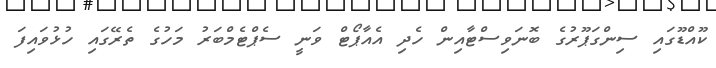
ކޫއްޑޫގައި ސިންގަޕޫރުގެ ބޮނަވިސްޓާއިން ހެދި އެއާޕޯޓް ވަނީ ސެޕްޓެމްބަރު މަހުގެ ތެރޭގައި ހުޅުވައިފަ